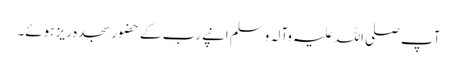
آپ صلی اللہ علیہ وآلہ وسلم انپے رب کے حضور سجدہ ریز ہوئے۔